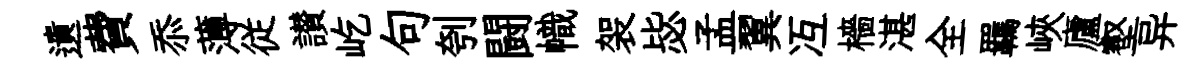
遺費忝薄従讃屹句刳闘幟袈毖孟翼冱檣湛全羈峽廬壑异